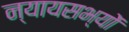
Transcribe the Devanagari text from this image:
न्यायसभ्यों